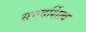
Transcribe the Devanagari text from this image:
समदर्शित्व